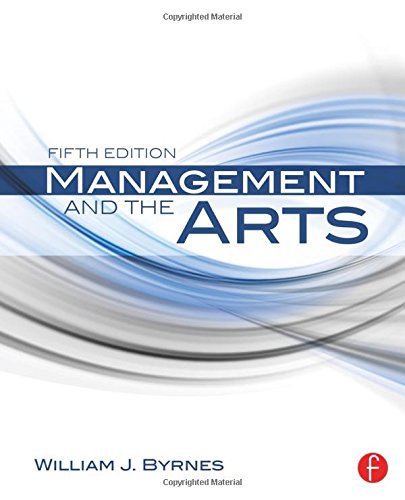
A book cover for Management and the Arts; William James Byrnes; Business & Money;